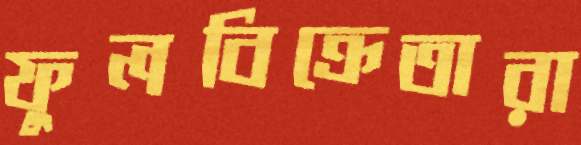
ফুলবিক্রেতারা